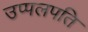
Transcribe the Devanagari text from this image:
उप्पलपति